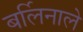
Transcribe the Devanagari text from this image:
बर्लिनाले